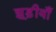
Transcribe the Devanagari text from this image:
झूड़ीयाँ